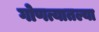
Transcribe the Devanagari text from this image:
गोणत्यातल्या